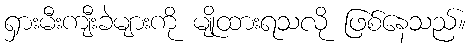
ရှားမီးကျီးခဲများကို မျိုထားရသလို ဖြစ်နေသည်။